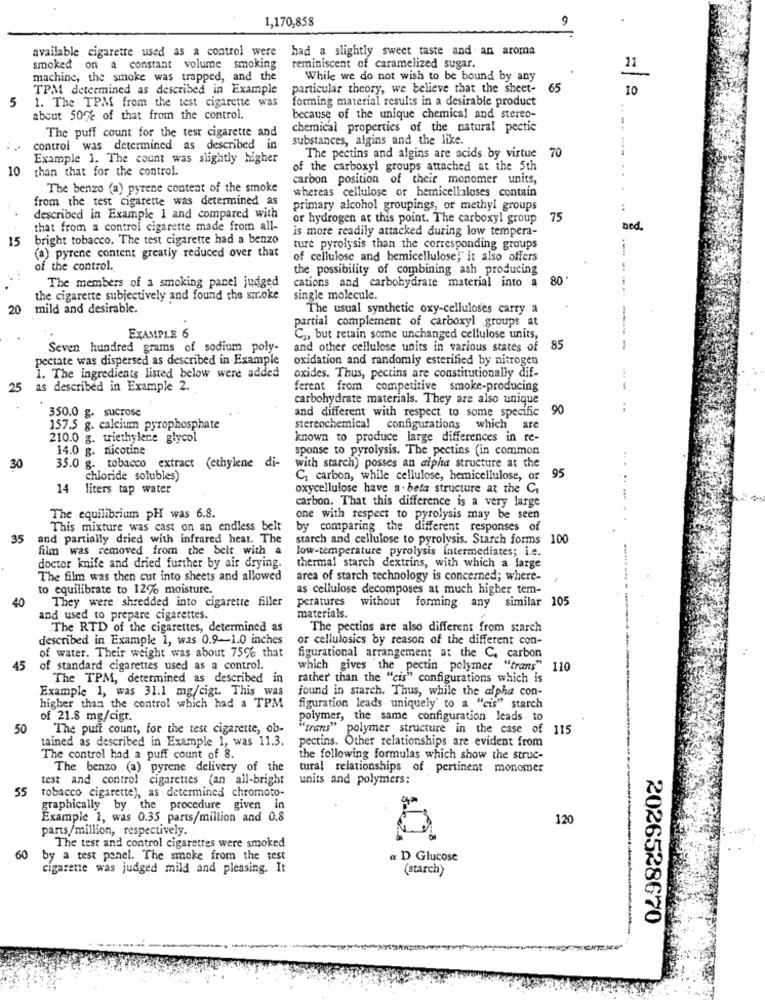
1,170,858
available cigarette used as a control were had a slightly sweet taste and an aroma
smoked on a constant volume smoking
reminiscent of caramelized sugar.
11
machine, the smoke was trapped, and the
While we do not wish to be bound by any
TPM determined as described in Example
particular theory, we believe that the sheet-
65
10
1. The TPM from the test cigarette was
forming material results in a desirable product
5
about 50% of that from the control.
because of the unique chemical and stereo-
The puff count for the test cigarette and
chemical properties of the natural pectic
substances, algins and the like.
control was determined as described in
The pectins and algins are acids by virtue 70
Example 1. The count was slightly higher
10
than that for the control.
of the carboxyl groups attached at the 5th
carbon position of their monomer units,
The benzo (a) pyrene content of the smoke
whereas cellulose or hemicellaloses contain
from the test cigarette was determined as
primary alcohol groupings, or methyl groups
described in Example 1 and compared with
or hydrogen at this point. The carboxyl group
75
that from a control cigarette made from all-
is more readily attacked during low tempera-
bed.
15
bright tobacco. The test cigarette had a benzo
(a) pyrene content greatly reduced over that
ture pyrolysis than the corresponding groups
of cellulose and hemicellulose," it also offers
of the control.
the possibility of combining ash producing
cations and carbohydrate material into a
80'
The members of a smoking panel judged
the cigarette subjectively and found the smoke
single molecule.
20
mild and desirable.
The usual synthetic oxy-celluloses carry a
partial complement of carboxyl groups at
EXAMPLE 6
C ., but retain some unchanged cellulose units,
Seven hundred grams of sodium poly-
and other cellulose units in various states of
85
pectate was dispersed as described in Example
oxidation and randomly esterified by nitrogen
oxides. Thus, pectins are constitutionally dif-
1. The ingredients listed below were added
25
as described in Example 2.
ferent from competitive smoke-producing
carbohydrate materials. They are also unique
350.0 g. sucrose
and different with respect to some specific
90
157.5 g. calcium pyrophosphate
stereochemical configurations which are
210.0 g. triethylene glycol
known to produce large differences in re-
14.0 g. nicotine
sponse to pyrolysis. The pectins (in common
30
35.0 g. tobacco
extract (ethylene di-
with starch) posses an alpha structure at the
chloride solubles)
C, carbon, while cellulose, hemicellulose, of
95
14
liters tap water
oxycellulose have a . beta structure at the Ci
carbon. That this difference is a very large
The equilibrium pH was 6.8.
one with respect to pyrolysis may be seen
This mixture was cast on an endless belt
by comparing the different responses of
35
and partially dried with infrared heat. The
starch and cellulose to pyrolysis. Starch forms 100
film was removed from the belt with a
low-temperature pyrolysis intermediates; i.e.
doctor knife and dried further by air drying.
thermal starch dextrins, with which a farge
The film was then cut into sheets and allowed
area of starch technology is concerned; where-
to equilibrate to 12% moisture.
as cellulose decomposes at much higher tem-
40
peratures
without forming any similar 105
They were shredded into cigarette filler
and used to prepare cigarettes.
materials.
The RTD of the cigarettes, determined as
The pectins are also different from starch
described in Example 1, was 0.9-1.0 inches
or cellulosics by reason of the different con-
of water. Their weight was about 75% that
figurational arrangement at the C, carbon
45
of standard cigarettes used as a control.
which gives the pectin polymer "trans"
110
The TPM, determined as described in
rather than the "cis" configurations which is
Example 1, was 31.1 mg/cigt. This was
found in starch. Thus, while the alpha con-
higher than the control which had a TPM
figuration leads uniquely' to a "cis" starch
of 21.8 mg/cigt.
polymer, the same configuration leads to
50
The puff count, for the test cigarette, ob-
"trans" polymer structure in the case of 115
tained as described in Example 1, was 11.3.
pectins. Other relationships are evident from
The control had a puff count of 8.
the following formulas which show the struc-
The benzo (a) pyrene delivery of the
tural relationships of pertinent monomer
test and control cigarettes (an all-bright
units and polymers;
55
tobacco cigarette), as determined chromoto-
graphically by the procedure given in
Example 1, was 0.35 parts/million and 0.8
120
parts/million, respectively.
The test and control cigarettes were smoked
60
by a test panel. The smoke from the test
a D Glucose
cigarette was judged mild and pleasing. It
(starch)
2026528670